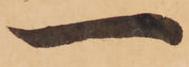
一